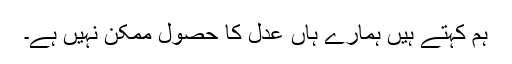
ہم کہتے ہیں ہمارے ہاں عدل کا حصول ممکن نہیں ہے۔